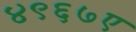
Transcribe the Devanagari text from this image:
४९६७ए